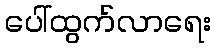
ပေါ်ထွက်လာရေး